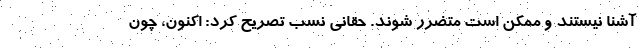
آشنا نیستند و ممکن است متضرر شوند. حقانی نسب تصریح کرد: اکنون، چون